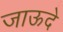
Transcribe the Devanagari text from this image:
जाऊदे